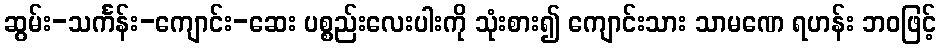
ဆွမ်း-သင်္ကန်း-ကျောင်း-ဆေး ပစ္စည်းလေးပါးကို သုံးစား၍ ကျောင်းသား သာမဏေ ရဟန်း ဘဝဖြင့်